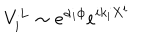
V _ { i } ^ { L } \sim e ^ { \alpha _ { i } \phi } e ^ { i k _ { i } X ^ { i } }